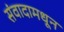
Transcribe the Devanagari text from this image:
संवादामधून